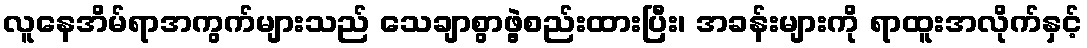
လူနေအိမ်ရာအကွက်များသည် သေချာစွာဖွဲ့စည်းထားပြီး၊ အခန်းများကို ရာထူးအလိုက်နှင့်